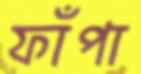
ফাঁপা